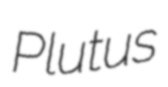
Plutus